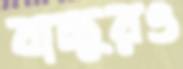
বাচ্চুরও